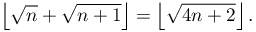
\left\lfloor { \sqrt { n } } + { \sqrt { n + 1 } } \right\rfloor = \left\lfloor { \sqrt { 4 n + 2 } } \right\rfloor .